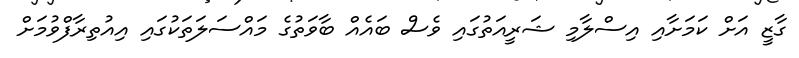
ގާޒީ އަށް ކަމަށާއި އިސްލާމި ޝަރީއަތުގައި ވެސް ބައެއް ބާވަތުގެ މައްސަލަތަކުގައި އިއުތިރާފްވުމަށް